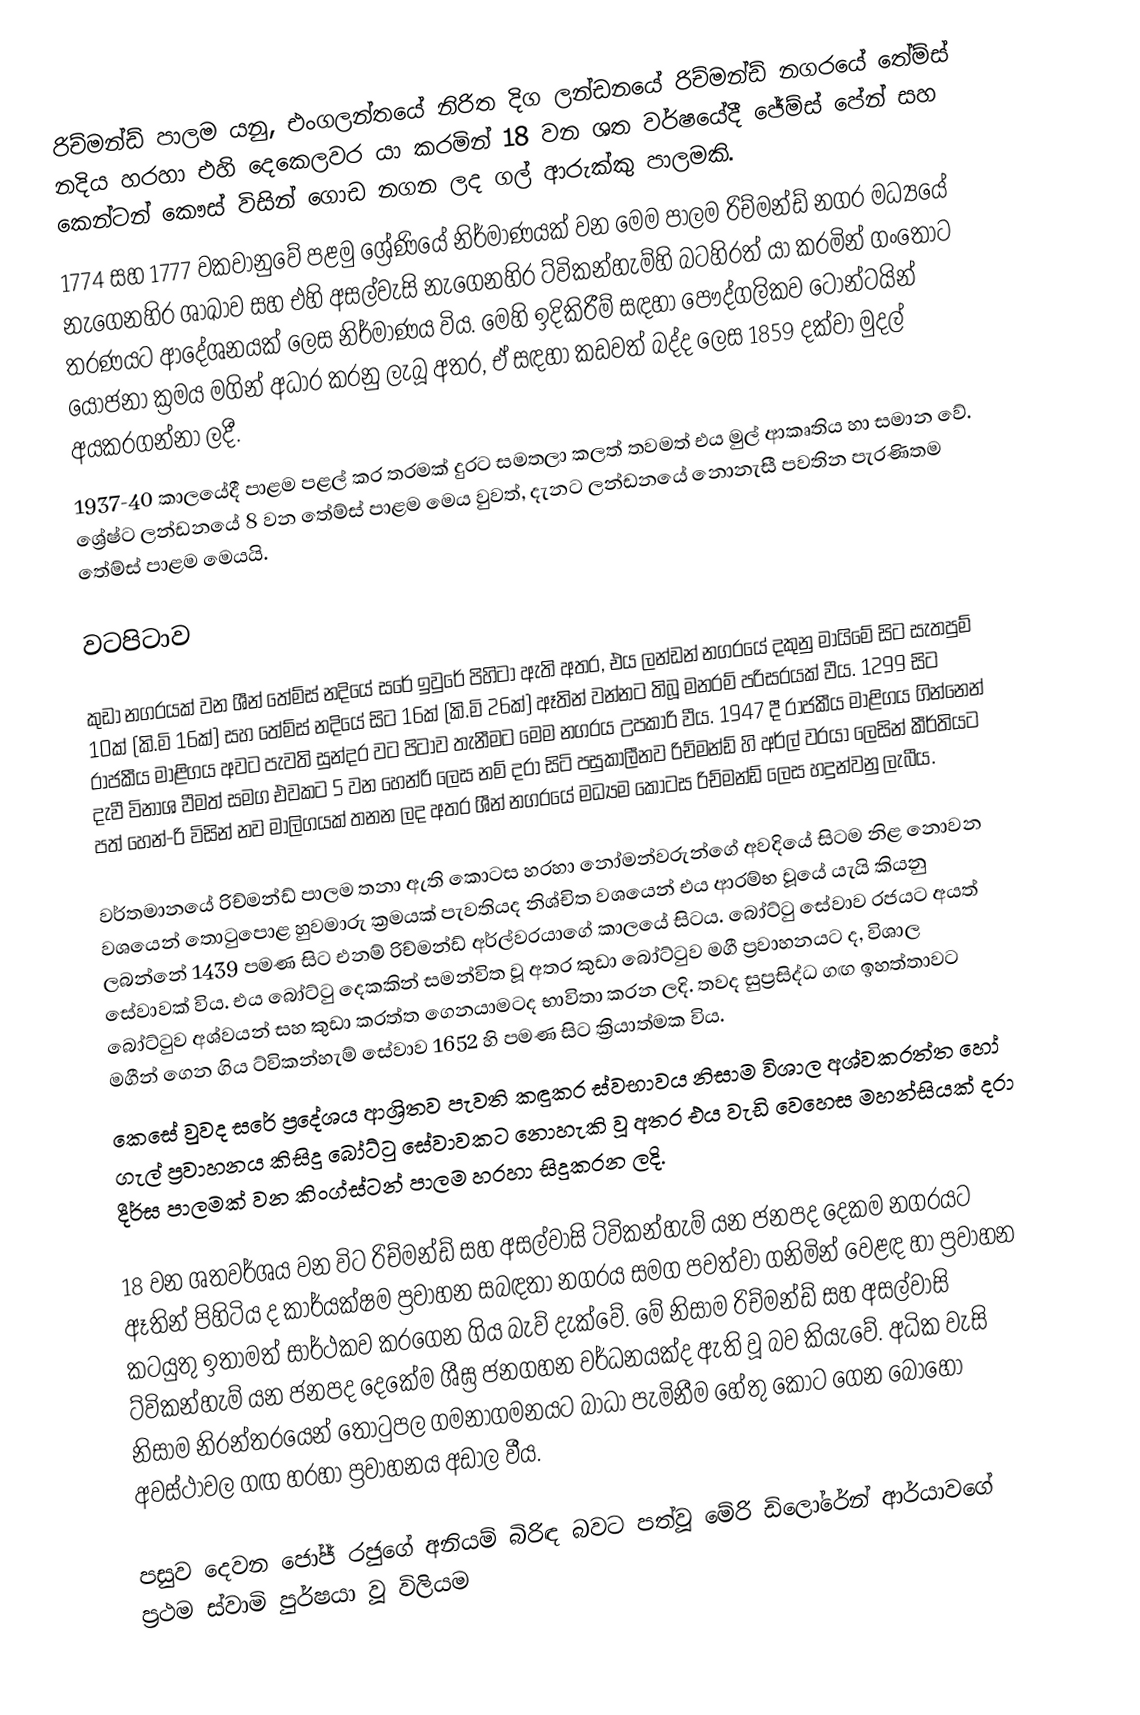
රිච්මන්ඩ් පාලම යනු, එංගලන්තයේ නිරිත දිග ලන්ඩනයේ රිච්මන්ඩ් නගරයේ තේම්ස් නදිය හරහා එහි දෙකෙලවර යා කරමින් 18 වන ශත වර්ෂයේදී ජේම්ස් පේන් සහ කෙන්ටන් කෞස් විසින් ගොඩ නගන ලද ගල් ආරුක්කු පාලමකි.
1774 සහ 1777 වකවානුවේ පළමු ශ්‍රේණියේ නිර්මාණයක් වන මෙම පාලම රිච්මන්ඩ් නගර මධ්‍යයේ නැගෙනහිර ශාඛාව සහ එහි අසල්වැසි නැගෙනහිර ට්විකන්හැම්හි බටහිරත් යා කරමින් ගංතොට තරණයට ආදේශනයක් ලෙස නිර්මාණය විය. මෙහි ඉදිකිරීම් සඳහා පෞද්ගලිකව ටොන්ටයින් යෝජනා ක්‍රමය මගින් අධාර කරනු ලැබූ අතර, ඒ සඳහා කඩවත් බද්ද ලෙස 1859 දක්වා මුදල් අයකරගන්නා ලදී.
1937-40 කාලයේදී පාළම පළල් කර තරමක් දුරට සමතලා කලත් තවමත් එය මුල් ආකෘතිය හා සමාන වේ. ශ්‍රේෂ්ට ලන්ඩනයේ 8 වන තේම්ස් පාළම මෙය වුවත්, දැනට ලන්ඩනයේ නොනැසී පවතින පැරණිතම තේම්ස් පාළම මෙයයි.

වටපිටාව

කුඩා නගරයක් වන ශීන් තේම්ස් නදියේ සරේ ඉවුරේ පිහිටා ඇති අතර, එය ලන්ඩන් නගරයේ දකුනු මායිමේ සිට සැතපුම් 10ක් (කි.මි 16ක්) සහ තේම්ස් නදියේ සිට 16ක් (කි.මි 26ක්) ඈතින් වන්නට තිබූ මනරම් පරිසරයක් වීය.  1299 සිට රාජකීය මාළිගය අවට පැවති සුන්දර වට පිටාව තැනීමට මෙම නගරය උපකාරි වීය. 1947 දී රාජකීය මාළිගය ගින්නෙන් දැවී විනාශ වීමත් සමග එවකට 5 වන හෙන්රි  ලෙස නම් දරා සිටි පසුකාලීනව රිච්මන්ඩ් හි අර්ල් වරයා ලෙසින් කීර්තියට පත් හෙන්-රි විසින් නව මාලිගයක් තනන ලද අතර ශීන් නගරයේ මධ්‍යම කොටස රිච්මන්ඩ් ලෙස හදුන්වනු ලැබීය.

වර්තමානයේ රිච්මන්ඩ් පාලම තනා ඇති කොටස හරහා නෝමන්වරුන්ගේ අවදියේ සිටම නිළ නොවන වශයෙන් තොටුපොළ හුවමාරු ක්‍රමයක් පැවතියද නිශ්චිත වශයෙන් එය ආරම්භ වූයේ යැයි කියනු ලබන්නේ 1439 පමණ සිට එනම් රිච්මන්ඩ් අර්ල්වරයාගේ කාලයේ සිටය. බෝට්ටු සේවාව රජයට අයත් සේවාවක් විය. එය බෝට්ටු දෙකකින් සමන්විත වූ අතර කුඩා බෝට්ටුව මගී ප්‍රවාහනයට ද, විශාල බෝට්ටුව අශ්වයන් සහ කුඩා කරත්ත ගෙනයාමටද භාවිතා කරන ලදි. තවද සුප්‍රසිද්ධ ගඟ ඉහත්තාවට මගීන් ගෙන ගිය ට්විකන්හැම් සේවාව 1652 හි පමණ සිට ක්‍රියාත්මක විය.
කෙසේ වුවද සරේ ප්‍රදේශය ආශ්‍රිතව පැවති කඳුකර ස්වභාවය නිසාම විශාල අශ්වකරත්ත හෝ ගැල් ප්‍රවාහනය කිසිදු බෝට්ටු සේවාවකට නොහැකි වූ අතර එය වැඩි වෙහෙස මහන්සියක් දරා දීර්ඝ පාලමක් වන කිංග්ස්ටන් පාලම හරහා සිදුකරන ලදි.

18 වන ශතවර්ශය වන විට රිච්මන්ඩ් සහ අසල්වාසි ට්විකන්හැම් යන ජනපද දෙකම නගරයට ඈතින් පිහිටිය ද කාර්යක්ෂම ප්‍රවාහන සබඳතා නගරය සමග පවත්වා ගනිමින් වෙළඳ හා ප්‍රවාහන කටයුතු ඉතාමත් සාර්ථකව කරගෙන ගිය බැව් දැක්වේ. මේ නිසාම රිච්මන්ඩ් සහ අසල්වාසි ට්විකන්හැම් යන ජනපද දෙකේම ශීඝ්‍ර ජනගහන වර්ධනයක්ද ඇති වූ බව කියැවේ. අධික වැසි නිසාම නිරන්තරයෙන් තොටුපල ගමනාගමනයට බාධා පැමිනීම හේතු කොට ගෙන බොහෝ අවස්ථාවල ගඟ හරහා ප්‍රවාහනය අඩාල වීය.

පසුව දෙවන ජෝජ් රජුගේ අනියම් බිරිඳ බවට පත්වූ මේරි ඩිලෝරේන් ආර්යාවගේ ප්‍රථම ස්වාමි පුර්ෂයා වූ විලියම